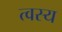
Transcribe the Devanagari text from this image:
त्वस्य